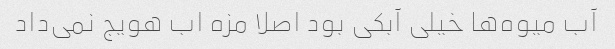
آب میوه‌ها خیلی آبکی بود اصلا مزه اب هویج نمی‌داد